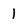
Character: 1